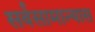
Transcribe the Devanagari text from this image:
सर्वसामान्यास